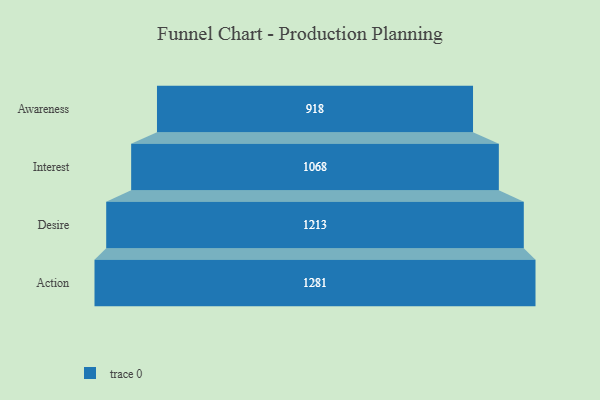
{"axis": {"x": "Stage", "y": "Value"}, "legend": [""], "data": [{"x": "Awareness", "y": 918.0, "type": ""}, {"x": "Interest", "y": 1068.0, "type": ""}, {"x": "Desire", "y": 1213.0, "type": ""}, {"x": "Action", "y": 1281.0, "type": ""}]}